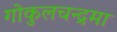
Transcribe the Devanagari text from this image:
गोकुलचन्द्रमा